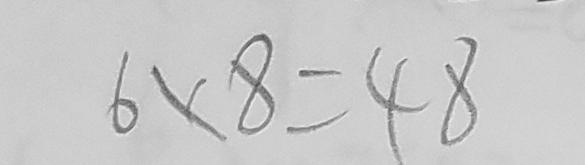
6 \times 8 = 4 8